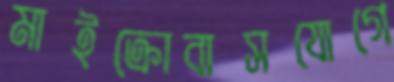
মাইক্রোবাসযোগে